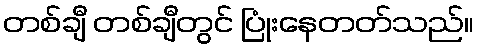
တစ်ချီ တစ်ချီတွင် ပြုံးနေတတ်သည်။